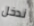
ندخل